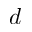
d